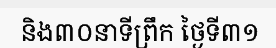
និង៣០នាទីព្រឹក ថ្ងៃទី៣១